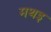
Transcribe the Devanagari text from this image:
मथइ